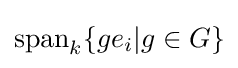
{\text{span}}_{k}\{ge_{i}|g\in G\}